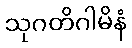
သုဂတိဂါမိနံ